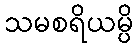
သမစရိယမ္ပိ